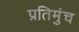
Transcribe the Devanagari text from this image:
प्रतिमुंच